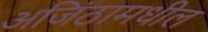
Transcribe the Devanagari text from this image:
अजिंठामधील